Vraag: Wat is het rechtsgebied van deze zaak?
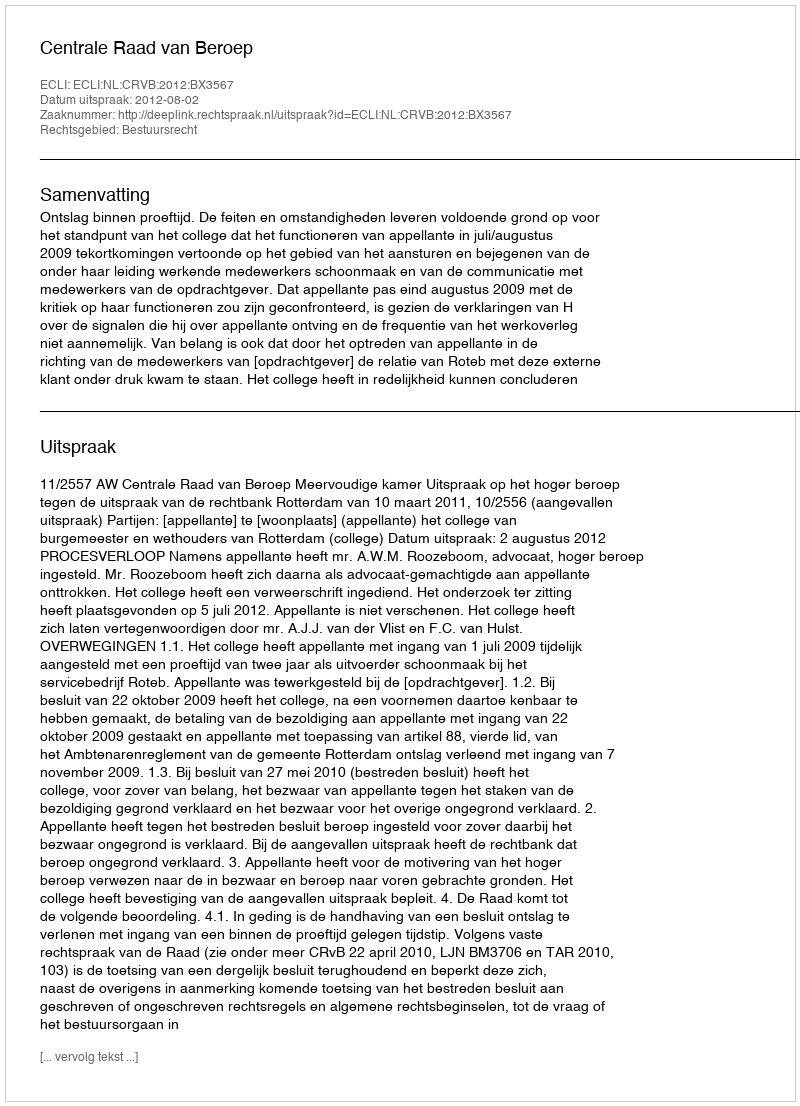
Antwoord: Bestuursrecht